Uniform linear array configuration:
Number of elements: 48
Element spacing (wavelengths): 0.75
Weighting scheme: uniform
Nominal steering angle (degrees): -45
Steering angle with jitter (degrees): -45.016
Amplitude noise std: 0.05
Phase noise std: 0.05

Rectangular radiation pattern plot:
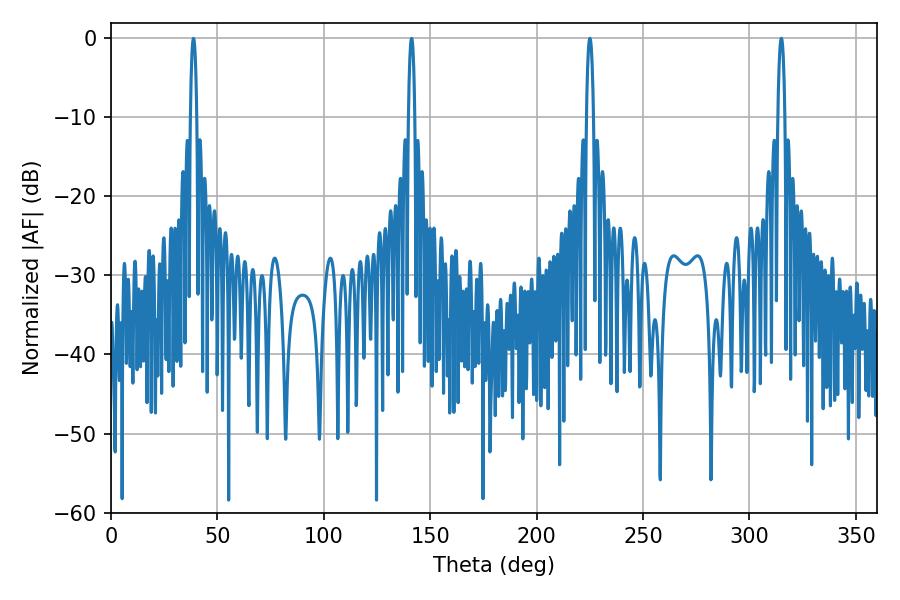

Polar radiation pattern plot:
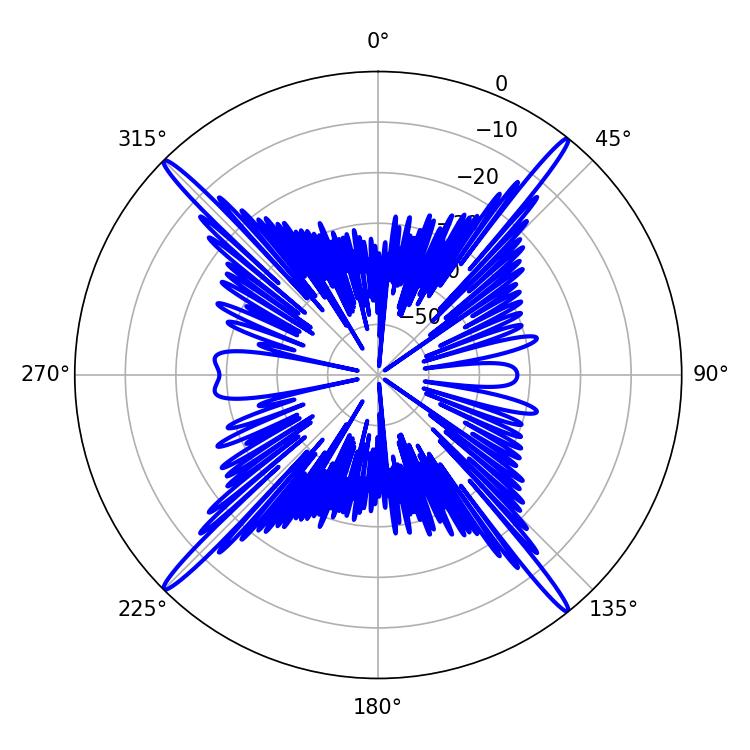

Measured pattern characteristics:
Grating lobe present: TRUE
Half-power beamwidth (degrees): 1.8
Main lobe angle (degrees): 225